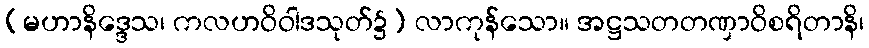
(မဟာနိဒ္ဒေသ၊ ကလဟဝိဝါဒသုတ်၌) လာကုန်သော။ အဋ္ဌသတတဏှာဝိစရိတာနိ၊